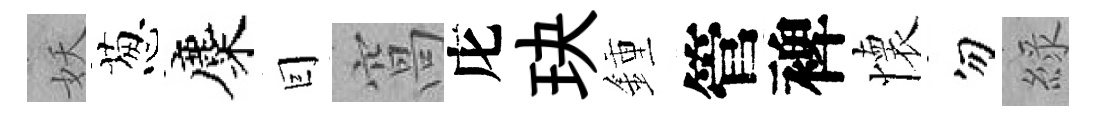
妖葱麋囙窩庀玦鍾管裨懷勿綠